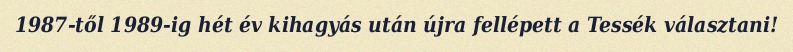
1987-től 1989-ig hét év kihagyás után újra fellépett a Tessék választani!